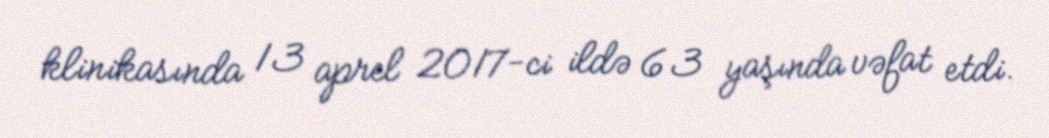
klinikasında 13 aprel 2017-ci ildə 63 yaşında vəfat etdi.